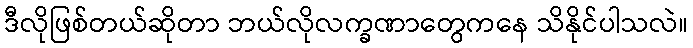
ဒီလိုဖြစ်တယ်ဆိုတာ ဘယ်လိုလက္ခဏာတွေကနေ သိနိုင်ပါသလဲ။